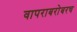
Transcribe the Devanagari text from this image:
वापराबरोबरच